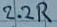
Text: 2.2R